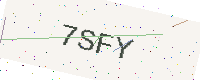
Text: 7SFY